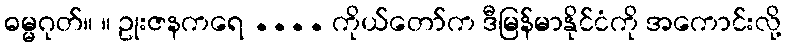
ဓမ္မဂုတ်။ ။ ဥုးဇနကရေ .... ကိုယ်တော်က ဒီမြန်မာနိုင်ငံကို အကောင်းလို့